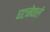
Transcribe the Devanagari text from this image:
घटनेवाले